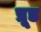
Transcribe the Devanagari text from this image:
प्रूड